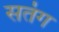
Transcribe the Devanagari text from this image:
सतंग